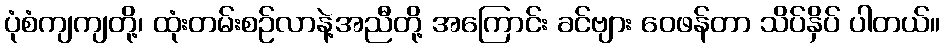
ပုံစံကျကျတို့၊ ထုံးတမ်းစဉ်လာနဲ့အညီတို့ အကြောင်း ခင်ဗျား ဝေဖန်တာ သိပ်နှိပ် ပါတယ်။